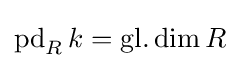
\operatorname {pd} _{R}k=\operatorname {gl.dim} R